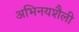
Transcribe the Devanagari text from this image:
अभिनयशैली